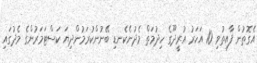
އެގޮތުން ފާއިތުވި 10 އަހަރު އުރީދޫގެ ހިދުމަތް މެދުނެކެނޑި ބޭނުންކުރަމުންދިޔަ ކަސްޓަަމަރުންގެ މެދުގައި